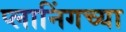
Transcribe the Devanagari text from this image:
प्लानिंगच्या